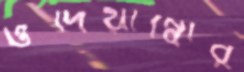
ওদিয়াম্বোর